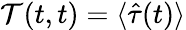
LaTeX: \mathcal{T}(t,t)=\langle\hat{\tau}(t)\rangle